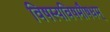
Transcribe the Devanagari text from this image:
विषस्यविषमौषधम्‌